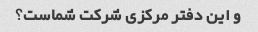
و این دفتر مرکزی شرکت شماست؟